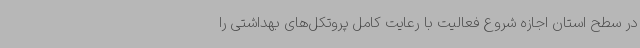
در سطح استان اجازه شروع فعالیت با رعایت کامل پروتکل‌های بهداشتی را